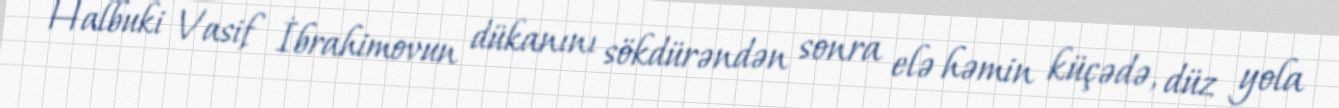
Halbuki Vasif İbrahimovun dükanını sökdürəndən sonra elə həmin küçədə, düz yola